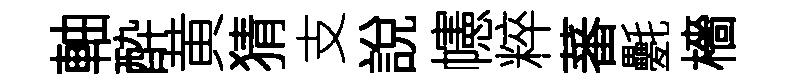
軸酔黄猜支說幰粹蕃氎檣